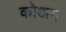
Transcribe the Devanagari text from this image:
कोअन